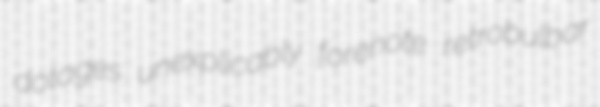
dotages unexplicably forenote retrobulbar